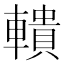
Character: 𨎨